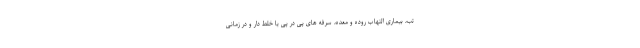
تب، بیماری التهاب روده و معده، سرفه های پی در پی یا خلط دار و در زمانی